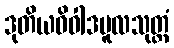
ဒုတိယဝိဝါဒမူလသုတ္တံ